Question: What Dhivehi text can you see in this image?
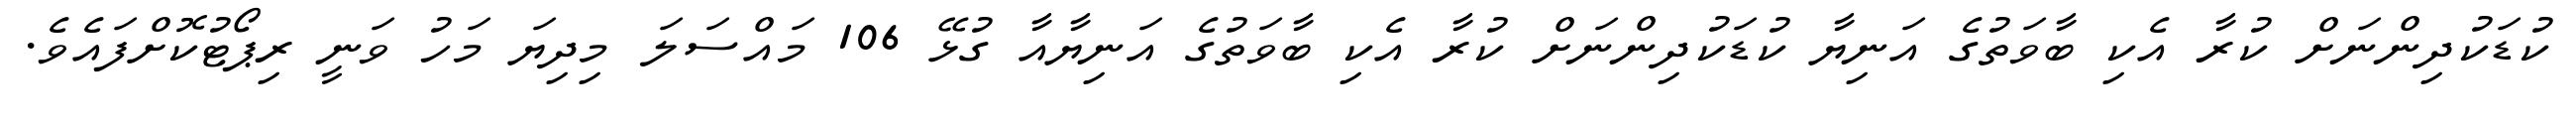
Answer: ކުޑަކުދިންނަށް ކުރާ އެކި ބާވަތުގެ އަނިޔާ ކުޑަކުދިންނަށް ކުރާ އެކި ބާވަތުގެ އަނިޔާއާ ގުޅޭ 106 މައްސަލަ މިދިޔަ މަހު ވަނީ ރިޕޯޓުކޮށްފައެވެ.